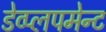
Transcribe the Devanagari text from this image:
डेव्प्लपमेन्ट